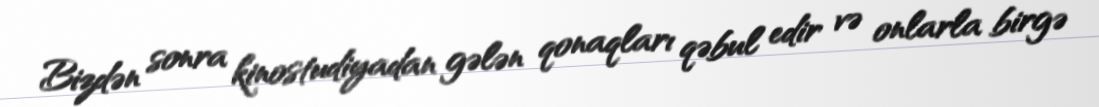
Bizdən sonra kinostudiyadan gələn qonaqları qəbul edir və onlarla birgə